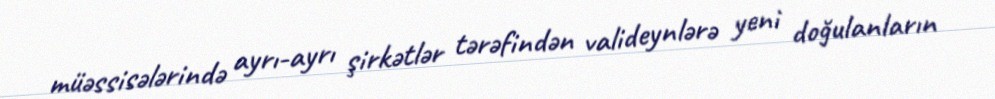
müəssisələrində ayrı-ayrı şirkətlər tərəfindən valideynlərə yeni doğulanların